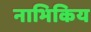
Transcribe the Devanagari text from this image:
नाभिकिय